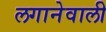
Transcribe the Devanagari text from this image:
लगानेवाली